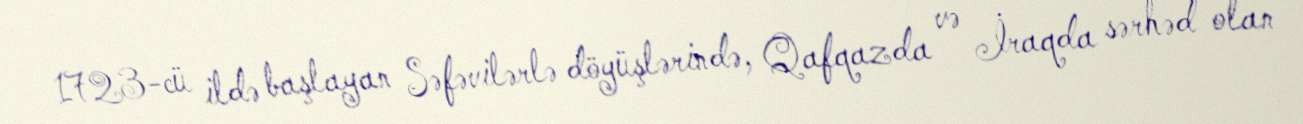
1723-cü ildə başlayan Səfəvilərlə döyüşlərində, Qafqazda və İraqda sərhəd olan